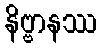
နိဗ္ဗာနဿ